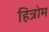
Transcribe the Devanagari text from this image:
हित्रोम